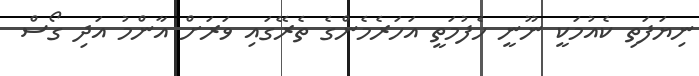
ނިޔަފަތި ކެއުމަކީ ނޫނީ ހެފުމަތީ އަހަރެމެންގެ ތެރޭގައި ވަރަށް އާންމު އަދި ގޯސް